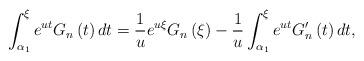
LaTeX: \begin{align*}\int_{\alpha _{1}}^{\xi }{e^{ut}G_{n}\left( t\right) dt}=\frac{1}{u}e^{u\xi}G_{n}\left( \xi \right) -\frac{1}{u}\int_{\alpha _{1}}^{\xi }{e^{ut}{G}_{n}^{\prime }\left( t\right) dt,} \end{align*}